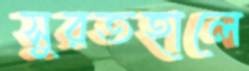
সুরতহালে